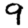
Digit: 9